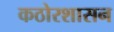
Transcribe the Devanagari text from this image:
कठोरशासन